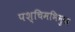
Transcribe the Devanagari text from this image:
पश्चिमभिमुख